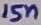
Text: 15n